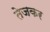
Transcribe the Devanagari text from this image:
तेजकर